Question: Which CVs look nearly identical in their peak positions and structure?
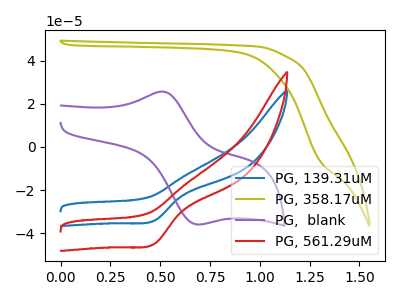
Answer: <think>The blue curve "PG, 139.31uM" has a cathodic peak at: (0.45V, -34.05uA). The olive curve "PG, 358.17uM" has no peaks. The purple curve "PG,  blank" has an anodic peak at (0.50V, 25.65uA) and a cathodic peak at (0.70V, -35.95uA). The red curve "PG, 561.29uM" has a cathodic peak at: (0.45V, -44.80uA).
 "PG, 139.31uM" and "PG, 358.17uM" have a different number of peaks. "PG, 139.31uM" and "PG,  blank" have a different number of peaks. All the peaks in "PG, 139.31uM" have a peak in "PG, 561.29uM" at the same potential. Every peak in "PG, 139.31uM" is lower than every peak in "PG, 561.29uM". "PG, 358.17uM" and "PG,  blank" have a different number of peaks. "PG, 358.17uM" and "PG, 561.29uM" have a different number of peaks. "PG,  blank" and "PG, 561.29uM" have a different number of peaks.</think>
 <answer>"PG, 139.31uM" and "PG, 561.29uM" have the same shape and are likely CV's of the same chemical.</answer>
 <eval>"PG, 139.31uM" "PG, 561.29uM"</eval>